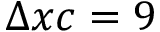
\Delta x c = 9